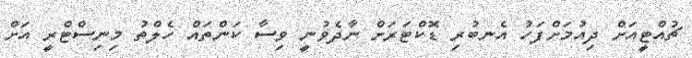
ޗުއްޓީއަށް ދިއުމަށްފަހު އެނބުރި ޑޮކްޓަރަށް ނާދެވުނީ ވިސާ ކަންތައް ހެލްތު މިނިސްޓްރީ އަށް